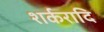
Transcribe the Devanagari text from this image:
शर्करादि